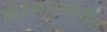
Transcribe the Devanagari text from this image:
केंद्रकासमोरील